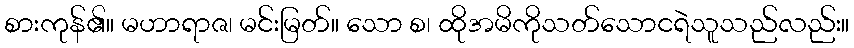
စားကုန်၏။ မဟာရာဇ၊ မင်းမြတ်။ သော စ၊ ထိုအမိကိုသတ်သောငရဲသူသည်လည်း။